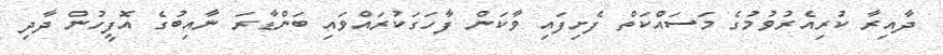
ދާއިރާ ކުރިއެރުވުމުގެ މަސައްކަތް ފެށިފައި ވާކަން ފާހަގަކުރައްވައި ބަންޑާރަ ނާއިބުގެ އޮފީހުން ދާދި